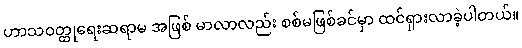
ဟာသဝတ္ထုရေးဆရာမ အဖြစ် မာလာလည်း စစ်မဖြစ်ခင်မှာ ထင်ရှားလာခဲ့ပါတယ်။